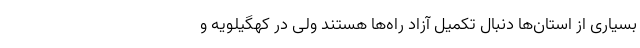
بسیاری از استان‌ها دنبال تکمیل آزاد راه‌ها هستند ولی در کهگیلویه و